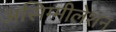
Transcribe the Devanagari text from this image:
असिम्मीलेशन